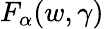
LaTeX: F_{\alpha}(w,\gamma)